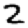
Digit: 2